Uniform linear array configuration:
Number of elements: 32
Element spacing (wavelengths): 1
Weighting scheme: uniform
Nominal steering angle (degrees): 15
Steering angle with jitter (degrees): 15.983
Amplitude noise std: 0.05
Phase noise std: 0.05

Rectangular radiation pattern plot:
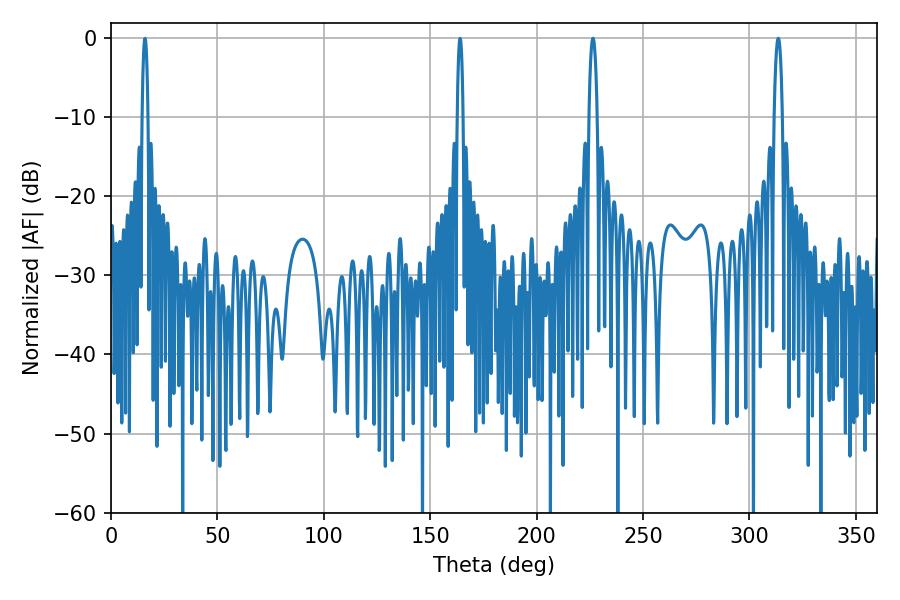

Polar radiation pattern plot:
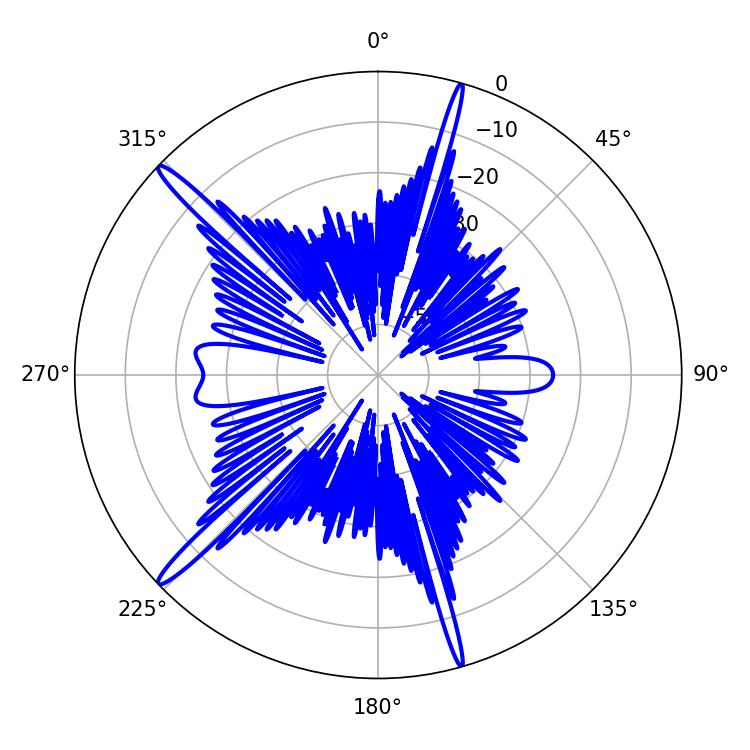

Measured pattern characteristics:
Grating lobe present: TRUE
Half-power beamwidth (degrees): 2.16
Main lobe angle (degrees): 226.44